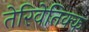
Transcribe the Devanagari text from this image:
तेरिवेतिक्क